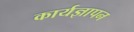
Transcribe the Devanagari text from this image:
कार्यज्ञापन